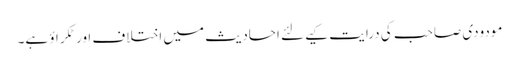
مودودی صاحب کی درایت کیےلئے احادیث میں اختلاف اور ٹکراؤ ہے۔